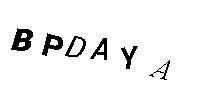
BPDAYA